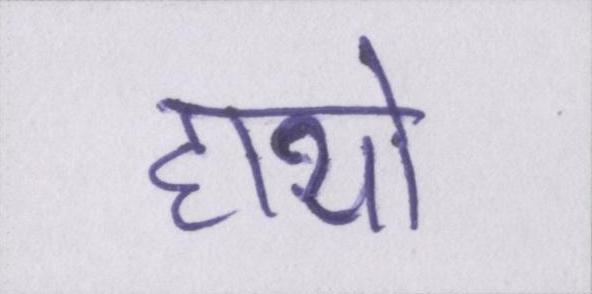
हाथो